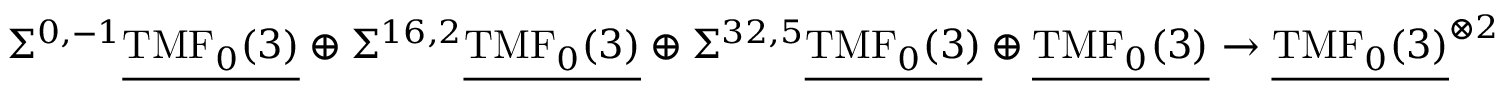
\Sigma ^ { 0 , - 1 } \underline { { \mathrm { T M F } _ { 0 } ( 3 ) } } \oplus \Sigma ^ { 1 6 , 2 } \underline { { \mathrm { T M F } _ { 0 } ( 3 ) } } \oplus \Sigma ^ { 3 2 , 5 } \underline { { \mathrm { T M F } _ { 0 } ( 3 ) } } \oplus \underline { { \mathrm { T M F } _ { 0 } ( 3 ) } } \to \underline { { \mathrm { T M F } _ { 0 } ( 3 ) } } ^ { \otimes 2 }